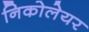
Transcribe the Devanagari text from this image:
निकोलेयर